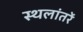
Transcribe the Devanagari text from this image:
स्थलांतरें